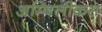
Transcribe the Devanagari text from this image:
अम्बिलीकस